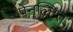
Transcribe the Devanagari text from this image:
पेनल्टित